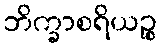
ဘိက္ခာစရိယဉ္စ